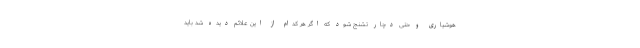
هوشیاری و حتی دچار تشنج شود که اگر هر کدام از این علائم دیده شد باید